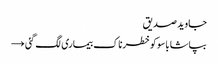
جاوید صدیق
بپاشا باسوکوخطرناک بیماری لگ گئی →